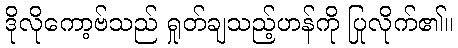
ဒိုလိုကော့ဗ်သည် ရှုတ်ချသည့်ဟန်ကို ပြုလိုက်၏။